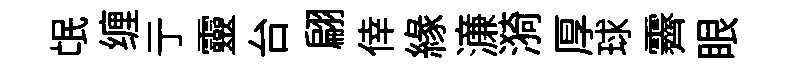
氓缠亍靈台翩倖緣濓漪厚球霽眼